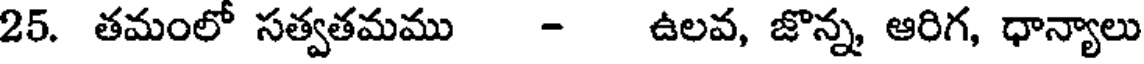
25. తమంలో సత్వతమము - ఉలవ, జొన్న ఆరిగ, ధాన్యాలు